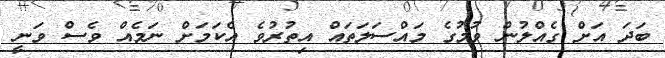
ބަދަ އަށް ގެއްލުން ވުމުގެ މައްސަލަތައް އިތުރުވެ އެކަމަށް ނަމެއް ވެސް ވަނީ